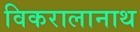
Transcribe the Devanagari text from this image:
विकरालानाथ